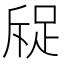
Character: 䟟